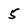
Character: 5